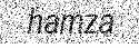
hamza